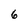
Character: 6